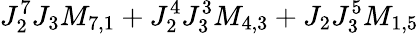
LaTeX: J_{2}^{7}J_{3}M_{7,1}+J_{2}^{4}J_{3}^{3}M_{4,3}+J_{2}J_{3}^{5}M_{1,5}